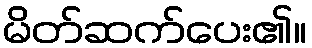
မိတ်ဆက်ပေး၏။